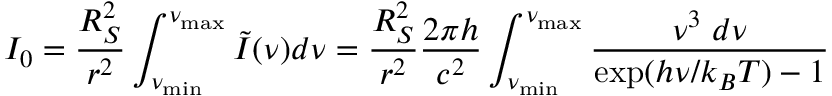
I _ { 0 } = \frac { R _ { S } ^ { 2 } } { r ^ { 2 } } \int _ { \nu _ { \mathrm { m i n } } } ^ { \nu _ { \mathrm { m a x } } } \tilde { I } ( \nu ) d \nu = \frac { R _ { S } ^ { 2 } } { r ^ { 2 } } \frac { 2 \pi h } { c ^ { 2 } } \int _ { \nu _ { \mathrm { m i n } } } ^ { \nu _ { \mathrm { m a x } } } \frac { \nu ^ { 3 } \; d \nu } { \exp ( h \nu / k _ { B } T ) - 1 }